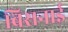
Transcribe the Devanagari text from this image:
बिसनाई